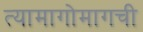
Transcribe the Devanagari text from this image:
त्यामागोमागची